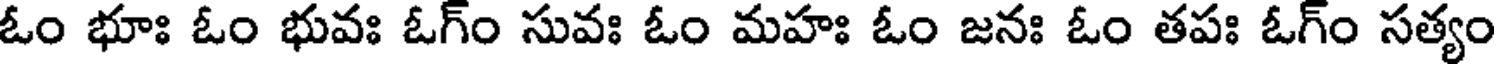
ఓం భూః ఓం భువః ఓగ్ం సువః ఓం మహః ఓం జనః ఓం తపః ఓగ్ం సత్యం